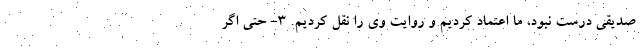
صدیقی درست نبود، ما اعتماد کردیم و روایت وی را نقل کردیم. ۳- حتی اگر